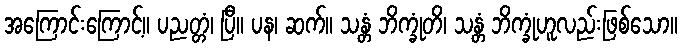
အကြောင်းကြောင့်။ ပညတ္တံ၊ ပြီ။ ပန၊ ဆက်။ သန္တံ ဘိက္ခုံတိ၊ သန္တံ ဘိက္ခုံဟူလည်းဖြစ်သော။